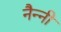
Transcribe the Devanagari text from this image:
नैन्नी